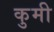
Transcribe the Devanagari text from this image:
कुमी